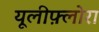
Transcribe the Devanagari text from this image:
यूलीफ़्लोरा